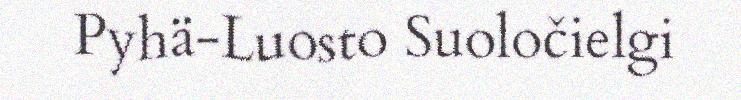
Pyhä-Luosto Suoločielgi